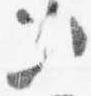
次